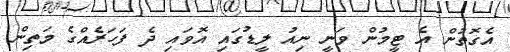
އެގޮތުން އެ ޓީމުން ވަނީ ނިއު ލީޑުގައި އޮވައި ދެ ފަހަރެއްގެ މަތިން